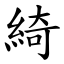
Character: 綺